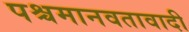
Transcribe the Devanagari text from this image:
पश्चमानवतावादी